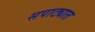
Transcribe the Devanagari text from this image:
सपाट्यात